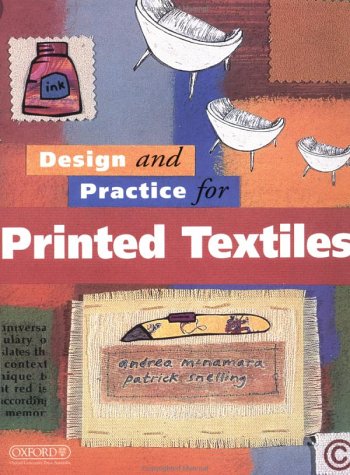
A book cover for Design and Practice for Printed Textiles; Patrick Snelling; Crafts, Hobbies & Home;